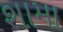
શામા